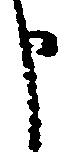
申